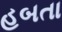
હબતા